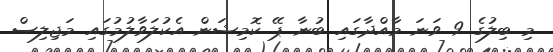
މި ބިލުގެ 9 ވަނަ މާއްދާގައި ބުނާ ޕޭ ކޮމިޝަން އެކުލަވާލުމުގައި މަޖިލިސް